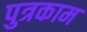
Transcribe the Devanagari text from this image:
पुत्रकाम